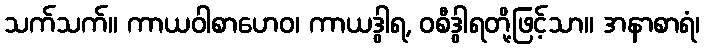
သက်သက်။ ကာယဝါစာဟေဝ၊ ကာယဒွါရ, ဝစီဒွါရတို့ဖြင့်သာ။ အနာစာရံ၊